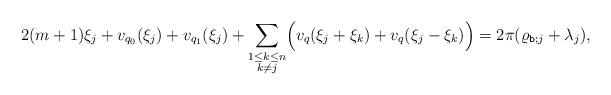
LaTeX: \begin{align*}2(m+1)\xi_j+v_{q_0}(\xi_j)+v_{q_1}(\xi_j)+\sum_{\substack{1\leq k\leq n\\k\neq j}} \Bigl( v_q(\xi_j+\xi_k)+ v_q(\xi_j-\xi_k)\Bigr)=2\pi (\varrho_{\texttt{b};j}+\lambda_j) ,\end{align*}